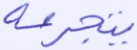
يتجرعه